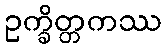
ဥက္ခိတ္တကဿ